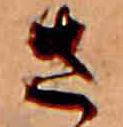
さ